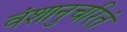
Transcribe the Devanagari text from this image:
वंशानुचरितं